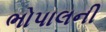
ભોપાલની